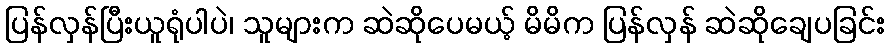
ပြန်လှန်ပြီးယူရုံပါပဲ၊ သူများက ဆဲဆိုပေမယ့် မိမိက ပြန်လှန် ဆဲဆိုချေပခြင်း